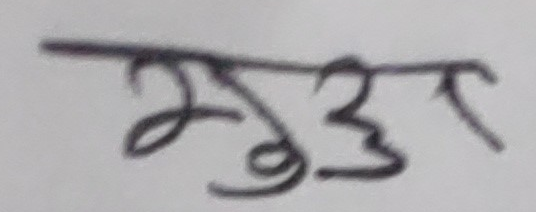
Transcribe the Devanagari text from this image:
मुड्ढा